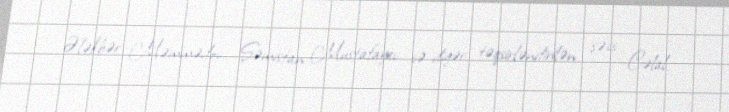
Ələkbər Məmmədov, Şəmistan Mustafayev və digər təqsirləndirilən şəxs Cəlal